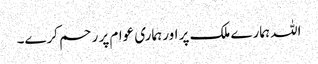
اللہ ہمارے ملک پر اور ہماری عوام پر ر حم کرے۔